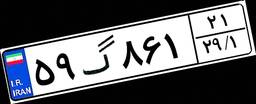
۵۹گ۸۶۱۲۱